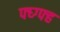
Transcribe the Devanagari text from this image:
फ्घ्ग्फ्ह